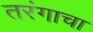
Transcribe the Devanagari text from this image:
तरंगाचा